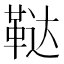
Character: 鞑